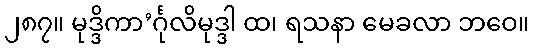
၂၈၇။ မုဒ္ဒိကာ’င်္ဂုလိမုဒ္ဒါ ထ၊ ရသနာ မေခလာ ဘဝေ။